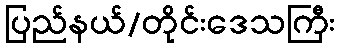
ပြည်နယ်/တိုင်းဒေသကြီး